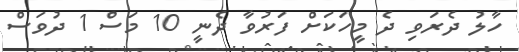
ހާލު ދެރަވި ދެ މީހަކަށް ފަރުވާ ދެނީ 10 މަސް 1 ދުވަސް